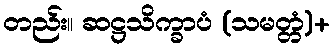
တည်း။ ဆဋ္ဌသိက္ခာပံ (သမတ္တံ)+